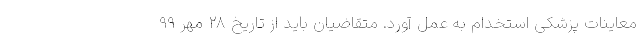
معاینات پزشکی استخدام به عمل آورد. متقاضیان باید از تاریخ ۲۸ مهر ۹۹